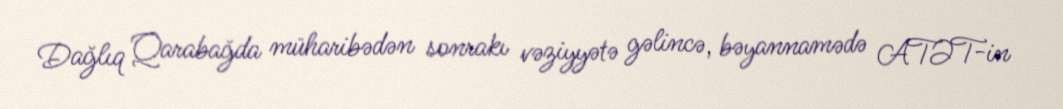
Dağlıq Qarabağda müharibədən sonrakı vəziyyətə gəlincə, bəyannamədə ATƏT-in